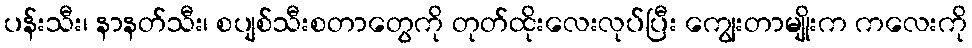
ပန်းသီး၊ နာနတ်သီး၊ စပျစ်သီးစတာတွေကို တုတ်ထိုးလေးလုပ်ပြီး ကျွေးတာမျိုးက ကလေးကို